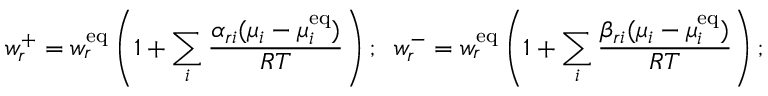
w _ { r } ^ { + } = w _ { r } ^ { \mathrm { { e q } } } \left( 1 + \sum _ { i } { \frac { \alpha _ { r i } ( \mu _ { i } - \mu _ { i } ^ { \mathrm { { e q } } } ) } { R T } } \right) ; \; \; w _ { r } ^ { - } = w _ { r } ^ { \mathrm { { e q } } } \left( 1 + \sum _ { i } { \frac { \beta _ { r i } ( \mu _ { i } - \mu _ { i } ^ { \mathrm { { e q } } } ) } { R T } } \right) ;